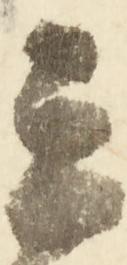
云